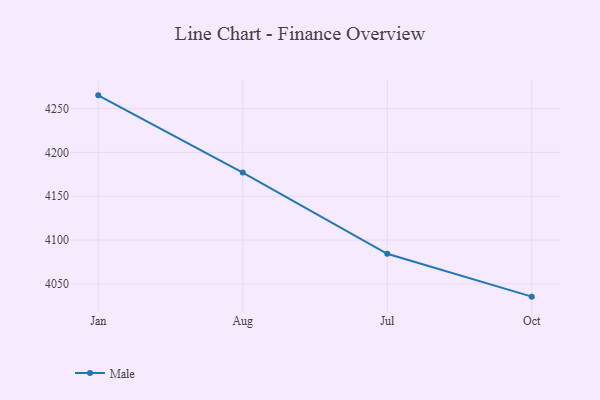
{"axis": {"x": "Month", "y": "Latency (ms)"}, "legend": ["Male"], "data": [{"x": "Jan", "y": 4265.0, "type": "Male"}, {"x": "Aug", "y": 4176.9, "type": "Male"}, {"x": "Jul", "y": 4084.4, "type": "Male"}, {"x": "Oct", "y": 4035.5, "type": "Male"}]}